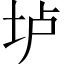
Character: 垆